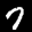
Label: 7